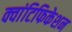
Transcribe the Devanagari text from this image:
क्वांटिफिकेशन